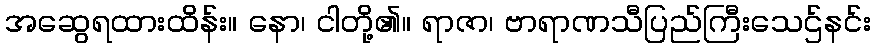
အဆွေရထားထိန်း။ နော၊ ငါတို့၏။ ရာဇာ၊ ဗာရာဏသီပြည်ကြီးသေဌ်နင်း